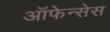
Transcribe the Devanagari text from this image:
ऑफेन्सेस